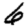
Digit: 6